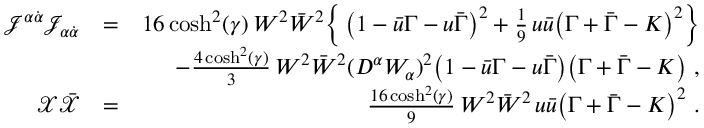
\begin{array} { r l r } { { \mathcal J } ^ { \alpha \dot { \alpha } } { \mathcal J } _ { \alpha \dot { \alpha } } } & { = } & { 1 6 \cosh ^ { 2 } ( \gamma ) \, W ^ { 2 } \bar { W } ^ { 2 } \Big \{ \, \big ( 1 - \bar { u } \Gamma - u \bar { \Gamma } \big ) ^ { 2 } + \frac { 1 } { 9 } \, u \bar { u } \big ( \Gamma + \bar { \Gamma } - K \big ) ^ { 2 } \Big \} } \\ & { } & { - \frac { 4 \cosh ^ { 2 } ( \gamma ) } { 3 } \, W ^ { 2 } \bar { W } ^ { 2 } ( D ^ { \alpha } W _ { \alpha } ) ^ { 2 } \big ( 1 - \bar { u } \Gamma - u \bar { \Gamma } \big ) \big ( \Gamma + \bar { \Gamma } - K \big ) ~ , } \\ { \mathcal { X } \Bar { \mathcal { X } } } & { = } & { \frac { 1 6 \cosh ^ { 2 } ( \gamma ) } { 9 } \, W ^ { 2 } \Bar { W } ^ { 2 } \, u \bar { u } \big ( \Gamma + \Bar { \Gamma } - K \big ) ^ { 2 } ~ . } \end{array}